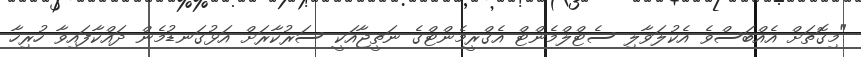
"މިގޮތަށް އެއްބަސްވެ އެކުލަވާލި ސެޓްލްމެންޓް އެގްރީމެންޓްގެ ނަތީޖާއަކީ ސަރުކާރަށް އަޅުގަނޑުމެން ދައްކާފައިވާ ހުރިހާ